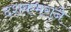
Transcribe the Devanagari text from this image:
दशकभराने